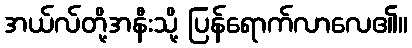
အယ်လ်တို့အနီးသို့ ပြန်ရောက်လာလေ၏။